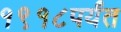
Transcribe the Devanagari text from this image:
१९१८पर्यंत